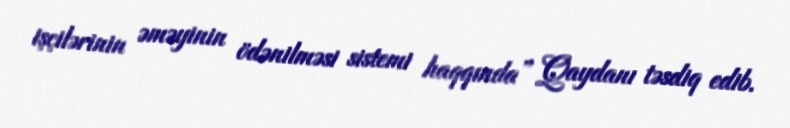
işçilərinin əməyinin ödənilməsi sistemi haqqında” Qaydanı təsdiq edib.